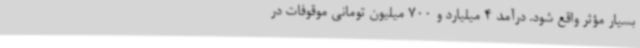
بسیار مؤثر واقع شود. درآمد 4 میلیارد و 700 میلیون تومانی موقوفات در